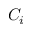
C _ { i }